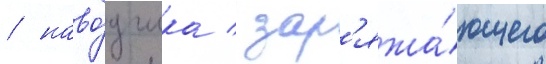
/ наво́дчика / зар'яжа́ющего